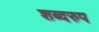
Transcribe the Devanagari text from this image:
शब्दरुप